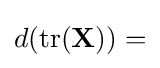
d(\operatorname {tr} (\mathbf {X} ))=